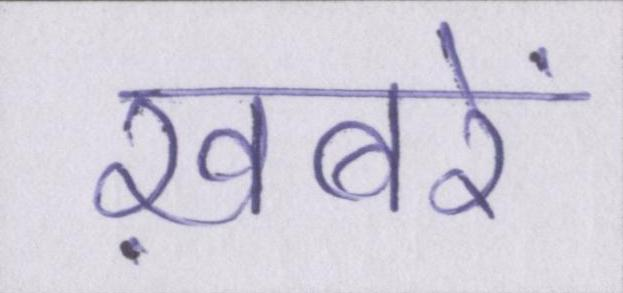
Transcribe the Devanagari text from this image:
ख़बरें